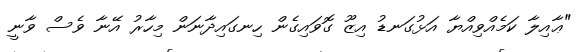
"ޢާއިލާ ކަމެއްވިއްޔާ އަޅުގަނޑު އިޒޫ ގޮވައިގެން ހިނގައިދާނަން މިހާރު އޭނާ ވެސް ވާނީ